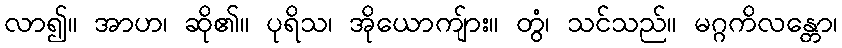
လာ၍။ အာဟ၊ ဆို၏။ ပုရိသ၊ အိုယောကျ်ား။ တွံ၊ သင်သည်။ မဂ္ဂကိလန္တော၊